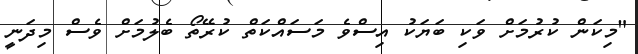
"މިކަން ކުރުމަށް ވަކި ބަޔަކު އިސްވެ މަސައްކަތް ކުރޭތޯ ބެލުމަށް ވެސް މިދަނީ